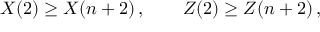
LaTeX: X ( 2 ) \geq X ( n + 2 ) \, , \quad \quad Z ( 2 ) \geq Z ( n + 2 ) \, ,